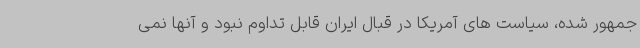
جمهور شده، سیاست های آمریکا در قبال ایران قابل تداوم نبود و آنها نمی